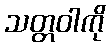
သတ္တဝါကို